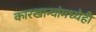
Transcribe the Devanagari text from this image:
कारखान्यांमध्येही